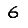
Digit: 6